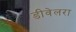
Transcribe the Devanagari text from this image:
डीवेलरा